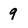
Character: 9